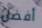
أفضل